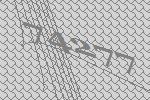
74277